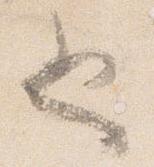
也